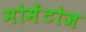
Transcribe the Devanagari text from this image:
मोमेंटोज